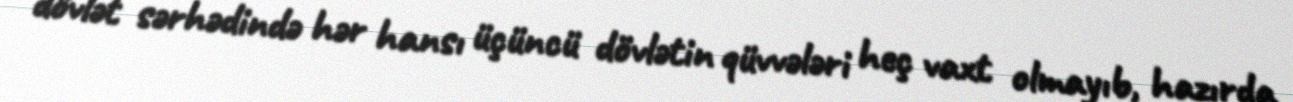
dövlət sərhədində hər hansı üçüncü dövlətin qüvvələri heç vaxt olmayıb, hazırda